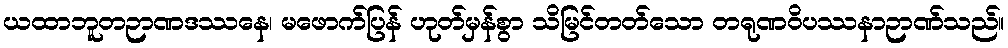
ယထာဘူတဉာဏဒဿနေ၊ မဖောက်ပြန် ဟုတ်မှန်စွာ သိမြင်တတ်သော တရုဏဝိပဿနာဉာဏ်သည်။